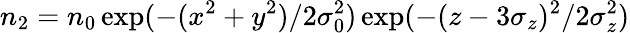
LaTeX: n_{2}=n_{0}\exp(-(x^{2}+y^{2})/2\sigma_{0}^{2})\exp(-(z-3\sigma_{z})^{2}/2\sigma_{z}^{2})